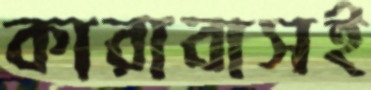
কারাবাসই